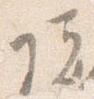
院